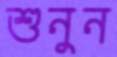
শুনুন